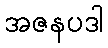
အဇနပဒါ